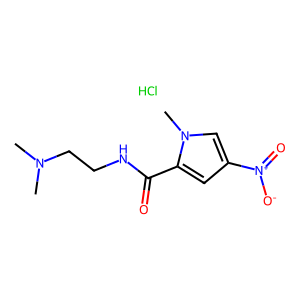
SMILES: CN(C)CCNC(=O)c1cc([N+](=O)[O-])cn1C.Cl
Inhibits HIV replication: No